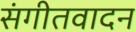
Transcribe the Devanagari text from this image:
संगीतवादन